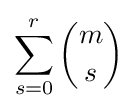
\sum _{s=0}^{r}{m \choose s}